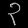
Digit: ၃